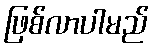
ဖြစ်လာပါမည်